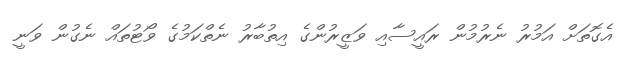
އެގޮތަށް އަމުރު ނެރުމުން ރައީސާއި ވަޒީރުންގެ އިތުބާރު ނެތްކަމުގެ ވޯޓުތައް ނެގުން ވަނީ